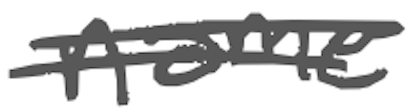
Text: name
Cross-out: double-line
Writing tool: digital_gray